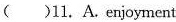
()11.A.enjoyment